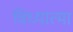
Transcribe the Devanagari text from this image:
विध्यात्मा